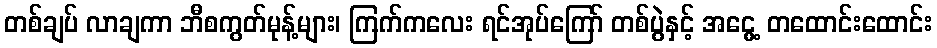
တစ်ချပ် လာချကာ ဘီစကွတ်မုန့်များ၊ ကြက်ကလေး ရင်အုပ်ကြော် တစ်ပွဲနှင့် အငွေ့ တထောင်းထောင်း